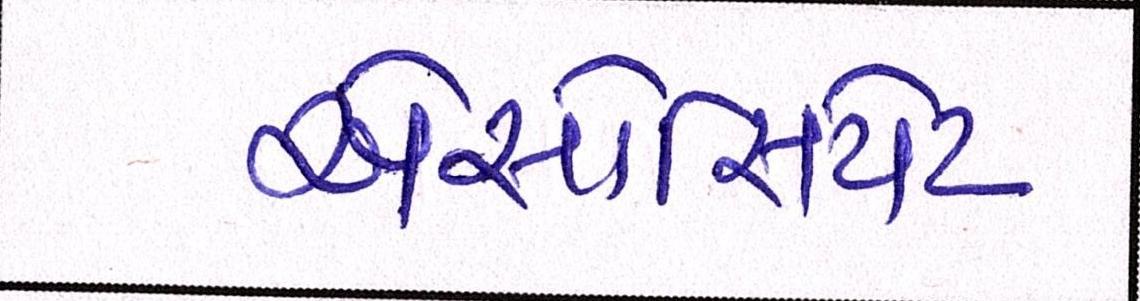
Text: એસોસિયેટ